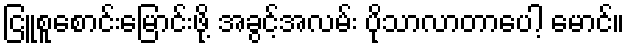
ငြူစူစောင်းမြောင်းဖို့ အခွင့်အလမ်း ပိုသာလာတာပေါ့ မောင်။